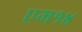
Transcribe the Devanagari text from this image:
एम१४